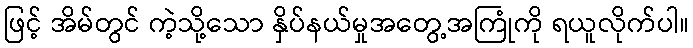
ဖြင့် အိမ်တွင် ကဲ့သို့သော နှိပ်နယ်မှုအတွေ့အကြုံကို ရယူလိုက်ပါ။